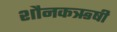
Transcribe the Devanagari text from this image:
शौनकऋषी